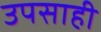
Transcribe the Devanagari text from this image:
उपसाही